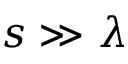
s \gg \lambda